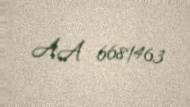
AA 6681463